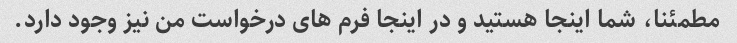
مطمئنا، شما اینجا هستید و در اینجا فرم های درخواست من نیز وجود دارد.